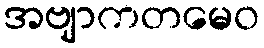
အဗျာကတမေဝ